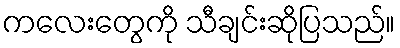
ကလေးတွေကို သီချင်းဆိုပြသည်။